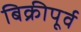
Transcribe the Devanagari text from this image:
बिक्रीपूर्व